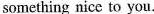
something nice to you.